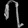
Digit: ၇